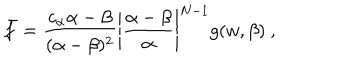
LaTeX: \bar { f } = \frac { c _ { \alpha } \alpha - \beta } { ( \alpha - \beta ) ^ { 2 } } \left| \frac { \alpha - \beta } { \alpha } \right| ^ { N - 1 } g ( w , \beta ) \ ,